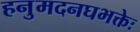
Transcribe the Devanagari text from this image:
हनुमदनघभक्तेः